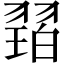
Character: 𱻠